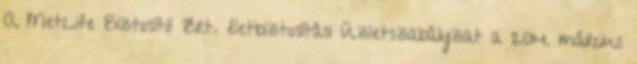
A MetLife Biztosító Zrt. életbiztosítási Üzletszabályzat a 2014. március